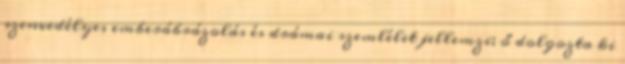
szenvedélyes emberábrázolás és drámai szemlélet jellemzi; ő dolgozta ki